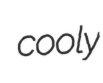
cooly